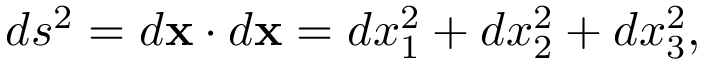
d s ^ { 2 } = d \mathbf { x } \cdot d \mathbf { x } = d x _ { 1 } ^ { 2 } + d x _ { 2 } ^ { 2 } + d x _ { 3 } ^ { 2 } ,